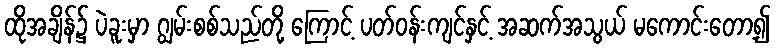
ထိုအချိန်၌ ပဲခူးမှာ ဂျွမ်းစစ်သည်တို့ ကြောင့် ပတ်ဝန်းကျင်နှင့် အဆက်အသွယ် မကောင်းတော့၍